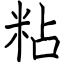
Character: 粘